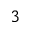
_ 3